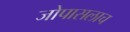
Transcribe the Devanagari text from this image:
जोपासलाच